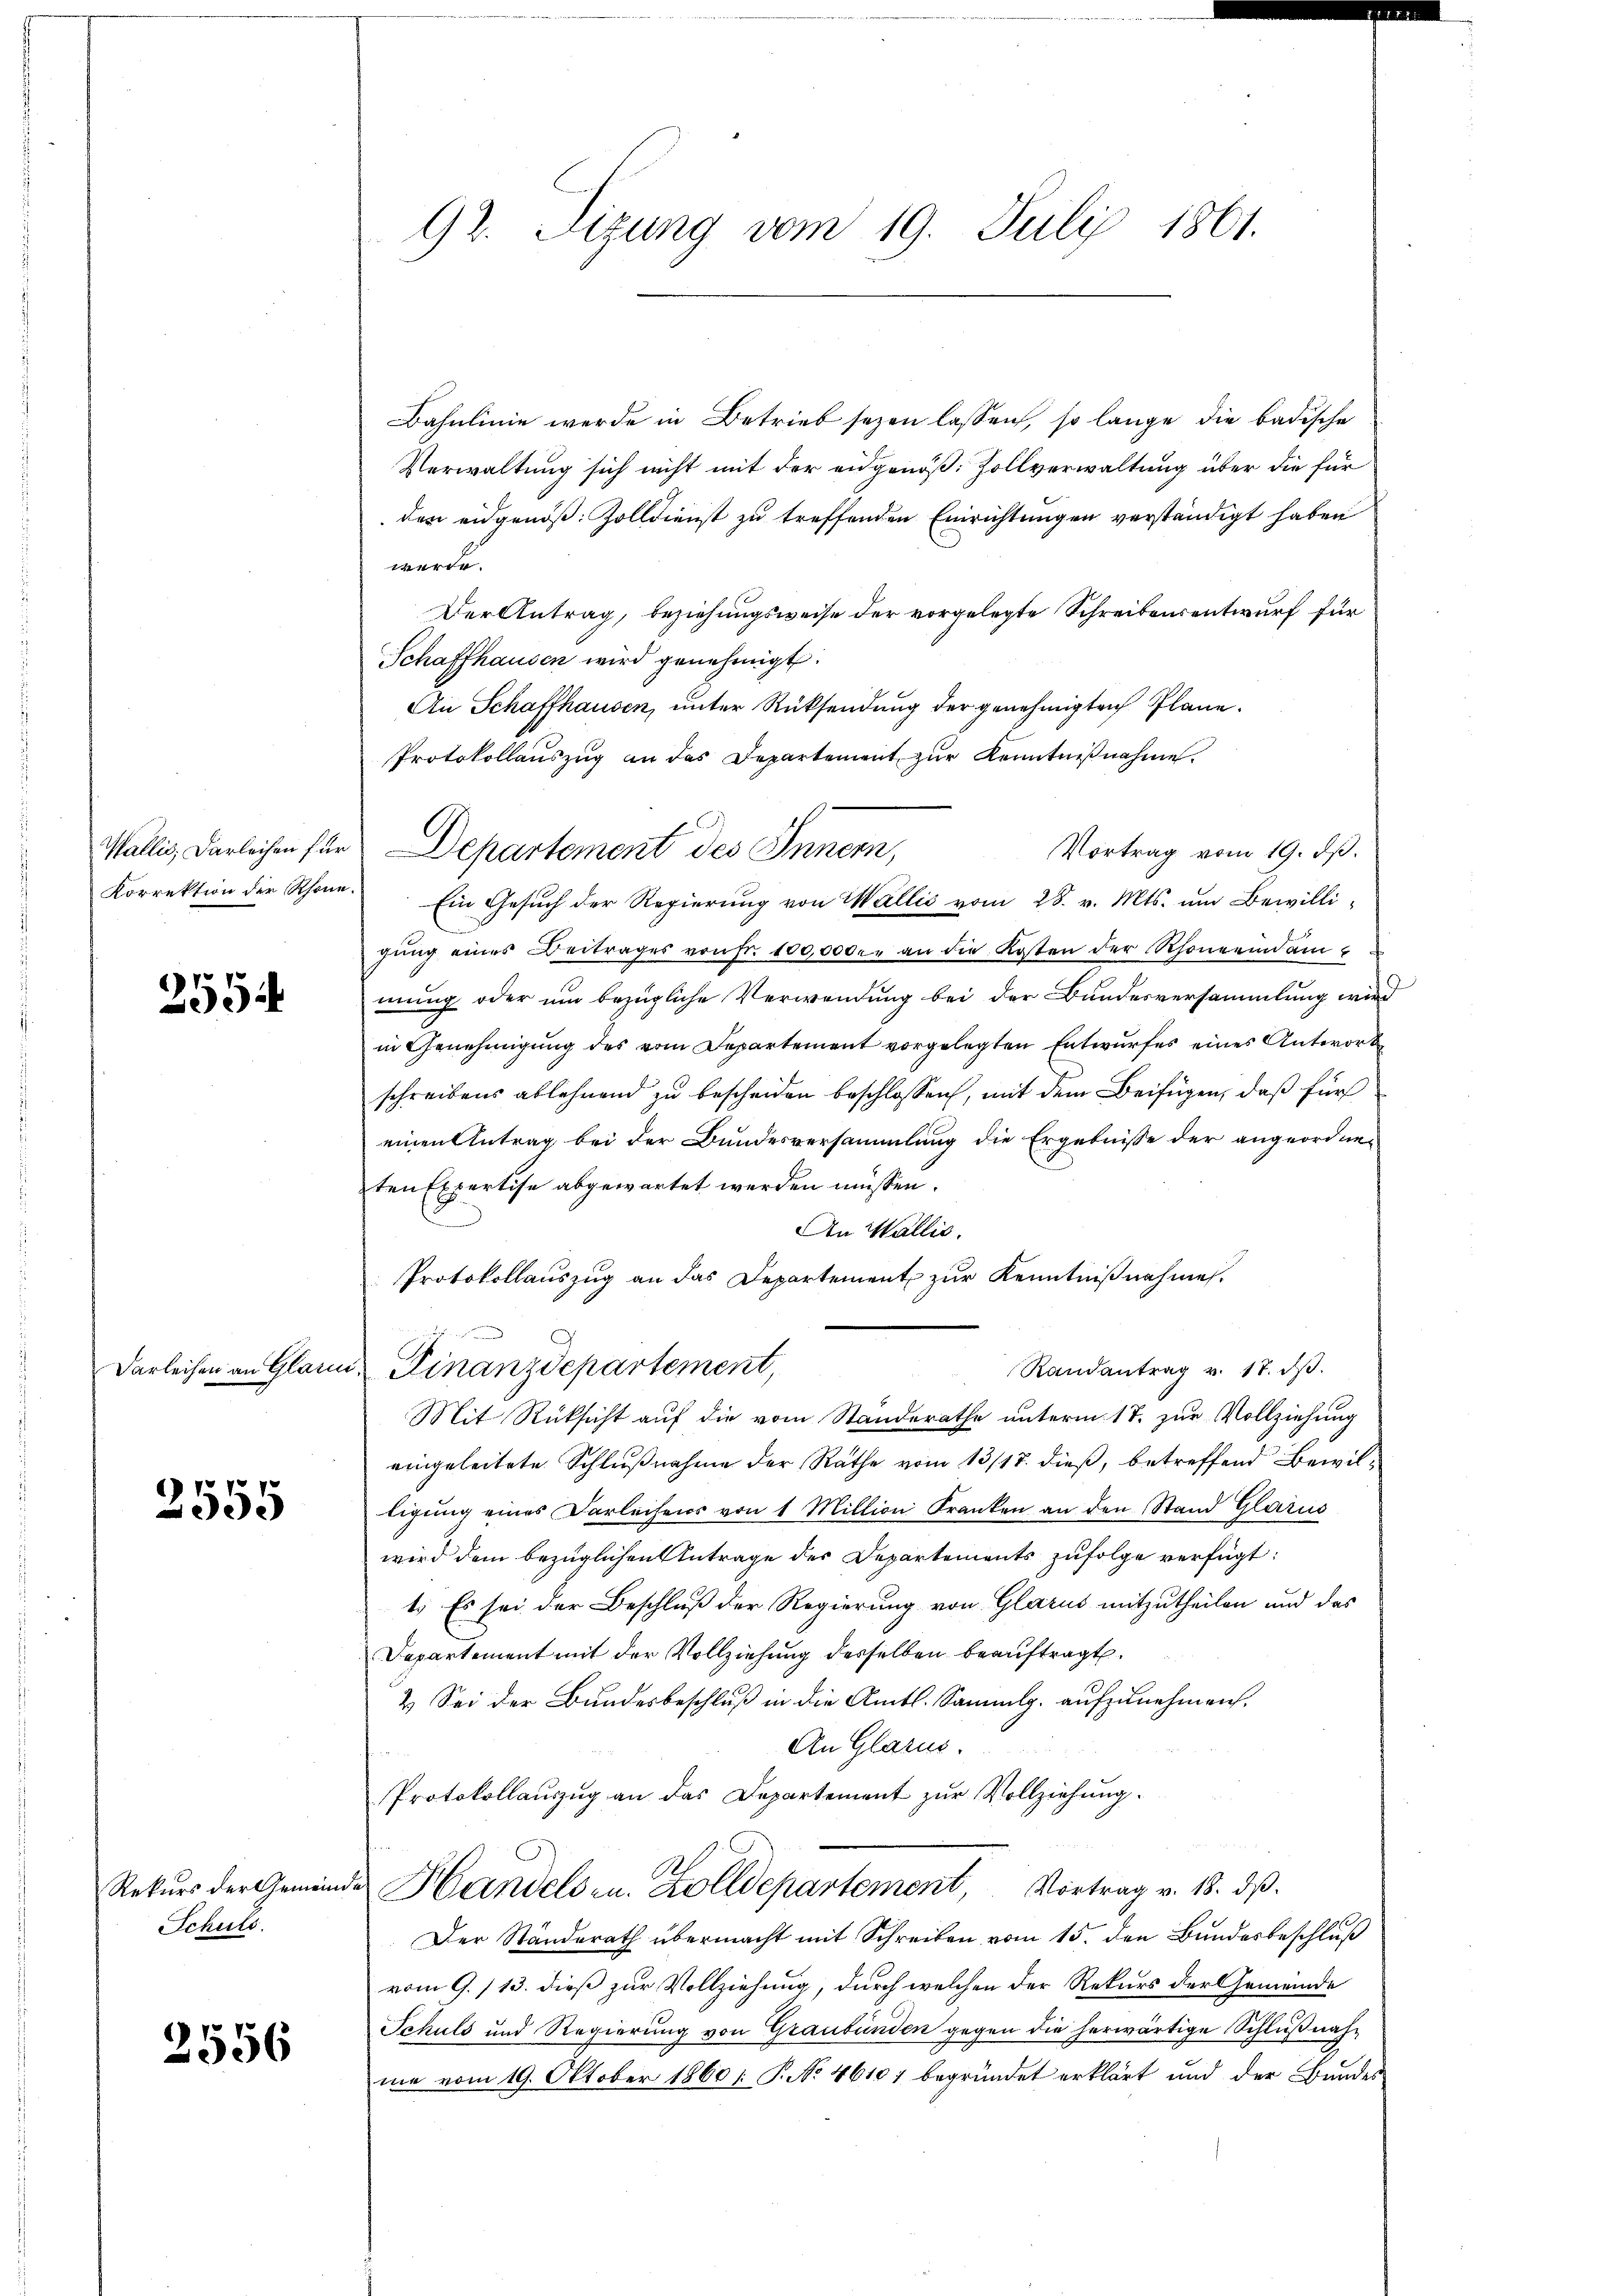
255

2555

Rekurs der Gemein¬
Schuls.

2556

92. Sizung vom 19. Juli 1861.

Bahnlinie werde in Betrieb sezen lassen, so lange die badische
Verwaltung sich nicht mit der eidgenöß: Zollverwaltung über die für
den eidgenöß. Zolldienst zu treffenden Einrichtungen verständigt haben
werde.
Der Antrag, beziehungsweise der vorgelegte Schreibensentwurf für
Schaffhausen wird genehmigt.
An Schaffhausen, unter Rücksendung der genehmigten Plane.
Protokollauszug an das Departement zur Kenntnißnahme.
Korrektion der Schöne. Ein Gesŭch der Regierŭng von Wallis vom 28. v. Mts. ŭm Bewilligŭng eines Beitrages von Fr. 100,0000 an die Kosten der Rhongeid am
mung oder um bezügliche Verwendung bei der Bundesversammlung wird
in Genehmigung des vom Departement vorgelegten Entwurfes eines Antwort
schreibens ablehnend zu bescheiden beschlossen, mit dem Beifügen, daß für
einen Antrag bei der Bundesversammlung die Ergebnisse der angeordne-
ten Expertise abgewartet werden müssen.
An Wallis.
Protokollauszug an das Departement zur Kenntnißnahme.
Darleihen an Glann, Finanzdepartement,
Randantrag v. 17. dβ.
Mit Rücksicht auf die vom Standerathe unterm 17. zur Vollziehung
eingeleitete Schlußnahme der Rathe vom 13/18. dieß, betreffend Bewilligung eines Darleihens von 1 Million Franken an den Stand Glarus
wird dem bezüglichen Antrage des Departements zufolge verfügt:
1.) Es sei der Beschluß der Regierung von Glarus mitzutheilen und das
Departement mit der Vollziehung derselben beauftragt.
2.) Sei der Bundesbeschluß in die Amtl. Sammlg. aufzunehmen.
An Glarus.
Protokollaŭszŭg an das Departement zŭr Vollziehung.
 Handels- u. Zolldepartement, Vortrag v. 18. ds.
Der Standerath übermacht mit Schreiben vom 15. den Bundesbeschluß
vom 9./13. dieß zur Vollziehung, durch welchen der Rekurs der Gemeinde
Schuld und Regierŭng von Graubünden gegen die herwärtige Schlŭβnah-
ma vom 19. Oktober 1860 / P. No 4610) begründet erklärt und der Bundes

Wallis, Darleichen für Departement des Innern,
Vortrag vom 19. ds.